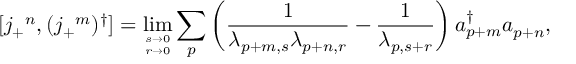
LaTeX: [ j _ { + } { } ^ { n } , ( j _ { + } { } ^ { m } ) ^ { \dagger } ] = \operatorname * { l i m } _ { s \to 0 \atop r \to 0 } \sum _ { p } \left( \frac { 1 } { \lambda _ { p + m , s } \lambda _ { p + n , r } } - \frac { 1 } { \lambda _ { p , s + r } } \right) a _ { p + m } ^ { \dagger } a _ { p + n } ,